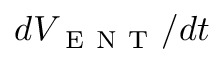
d V _ { \mathrm { ~ E ~ N ~ T ~ } } / d t